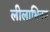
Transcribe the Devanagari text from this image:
लीलाभिनय